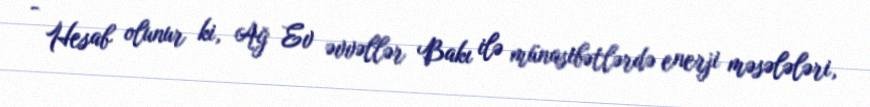
- Hesab olunur ki, Ağ Ev əvvəllər Bakı ilə münasibətlərdə enerji məsələləri,